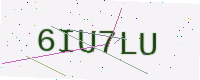
Text: 6IU7LU